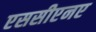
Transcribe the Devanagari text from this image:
एससीएनए